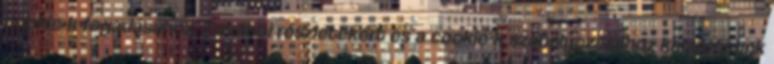
cookie-k fogadásához. További részletekért és a cookie-k szabályozásához kattintsunk